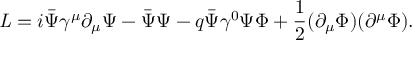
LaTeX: { \it L } = i \bar { \Psi } { \gamma } ^ { \mu } { \partial } _ { \mu } { \Psi } - \bar { \Psi } { \Psi } - q \bar { \Psi } { \gamma } ^ { 0 } { \Psi } \Phi + { \frac { 1 } { 2 } } ( { \partial } _ { \mu } \Phi ) ( { \partial } ^ { \mu } \Phi ) .